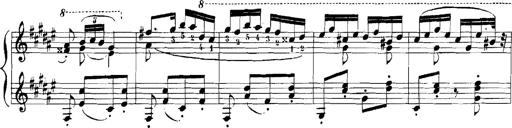
Title: Rhapsodies hongroises
Composer: Franz Liszt